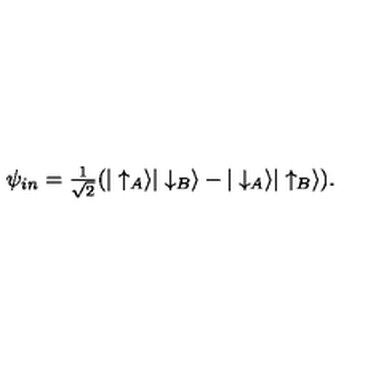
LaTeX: \psi _ { i n } = { \textstyle \frac { 1 } { \sqrt { 2 } } } ( | \uparrow _ { A } \rangle | \downarrow _ { B } \rangle - | \downarrow _ { A } \rangle | \uparrow _ { B } \rangle ) .